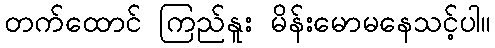
တက်ထောင် ကြည်နူး မိန်းမောမနေသင့်ပါ။